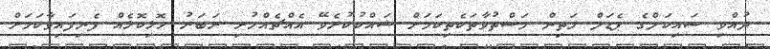
ދުއްވި ސައިކަލްގެ ޕެޑަލް މަތިން މަސްތުވާތަކެތިކަމަށް ޝައްކުކުރެވޭ އެއްޗެއްހުރި ރަބަރު ހޮޅިކޮޅެއް ފެނިފައިވާކަމަށް